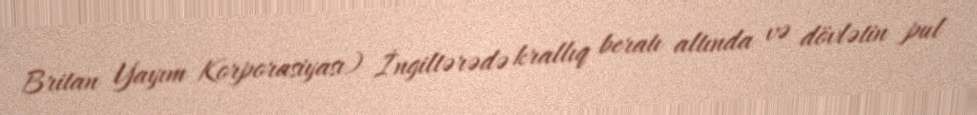
Britan Yayım Korporasiyası) İngiltərədə krallıq beratı altında və dövlətin pul